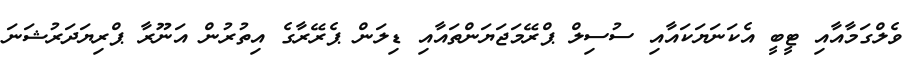
ވެލްގަމާއާއި ޓީބީ އެކަނަޔަކައާއި ސުސިލް ޕްރޭމަޖަޔަންތައާއި ޑިލަން ޕެރޭރާގެ އިތުރުން އަނޫރާ ޕްރިޔަދަރުޝަނަ